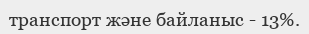
транспорт және байланыс - 13%.